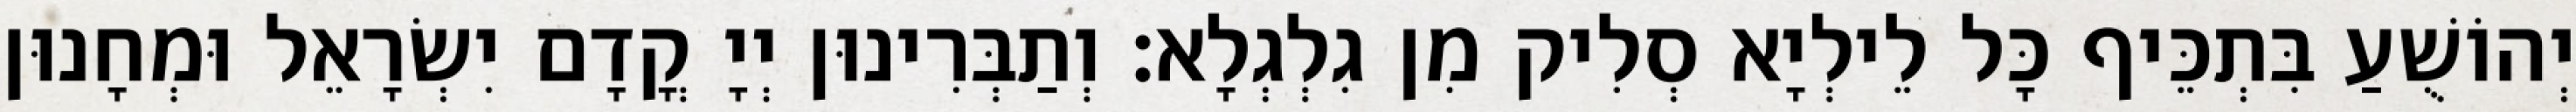
יְהוֹשֻׁעַ בִּתְכֵּיף כָּל לֵילְיָא סְלִיק מִן גִלְגְלָא׃ וְתַבְּרִינוּן יְיָ קֳדָם יִשְׂרָאֵל וּמְחָנוּן